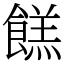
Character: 餻